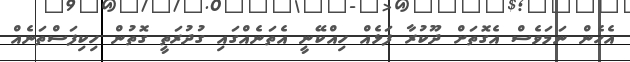
އެހެން ނަމަވެސް އެގޮތަށް ދޫކުރާ ފަޅެއް ހިއްކޭނީ އެތަނެއްގައި ގުދުރަތީ ގޮތުން ހިކިފަސްތަނެއް